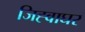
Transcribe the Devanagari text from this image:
जिह्वाघर